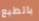
بالطبع